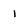
Character: l